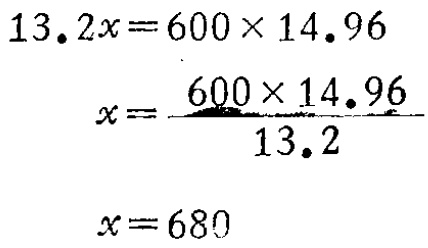
\[
\begin{align*}
13.2x&=600\times14.96\\
x&=\frac{600\times14.96}{13.2}\\
x&=680
\end{align*}
\]